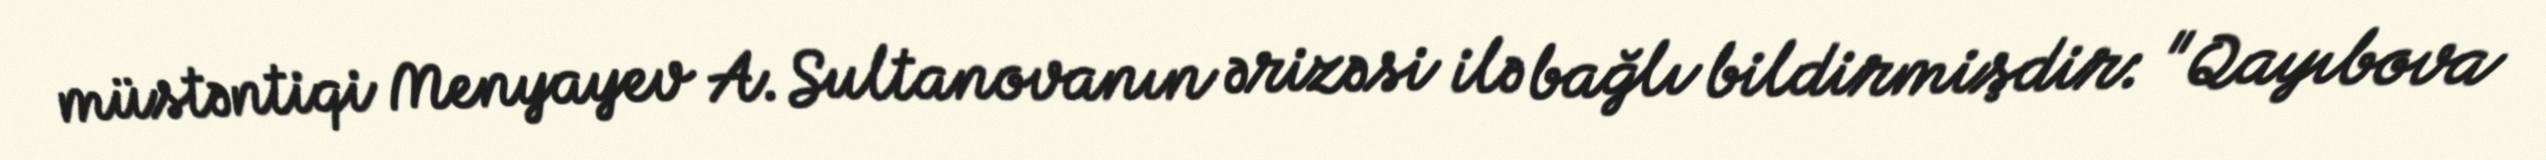
müstəntiqi Menyayev A. Sultanovanın ərizəsi ilə bağlı bildirmişdir: "Qayıbova